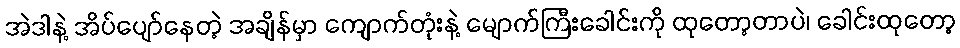
အဲဒါနဲ့ အိပ်ပျော်နေတဲ့ အချိန်မှာ ကျောက်တုံးနဲ့ မျောက်ကြီးခေါင်းကို ထုတော့တာပဲ၊ ခေါင်းထုတော့